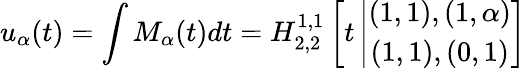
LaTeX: u_{\alpha}(t)=\int M_{\alpha}(t)dt=H_{2,2}^{1,1}\left[t\left|\begin{array}{c}{(1,1),(1,\alpha)}\\ {(1,1),(0,1)}\end{array}\right.\right]